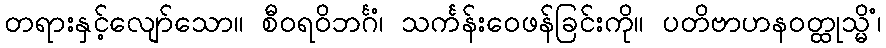
တရားနှင့်လျော်သော။ စီဝရဝိဘင်္ဂံ၊ သင်္ကန်းဝေဖန်ခြင်းကို။ ပတိဗာဟနဝတ္ထုသ္မိံ၊